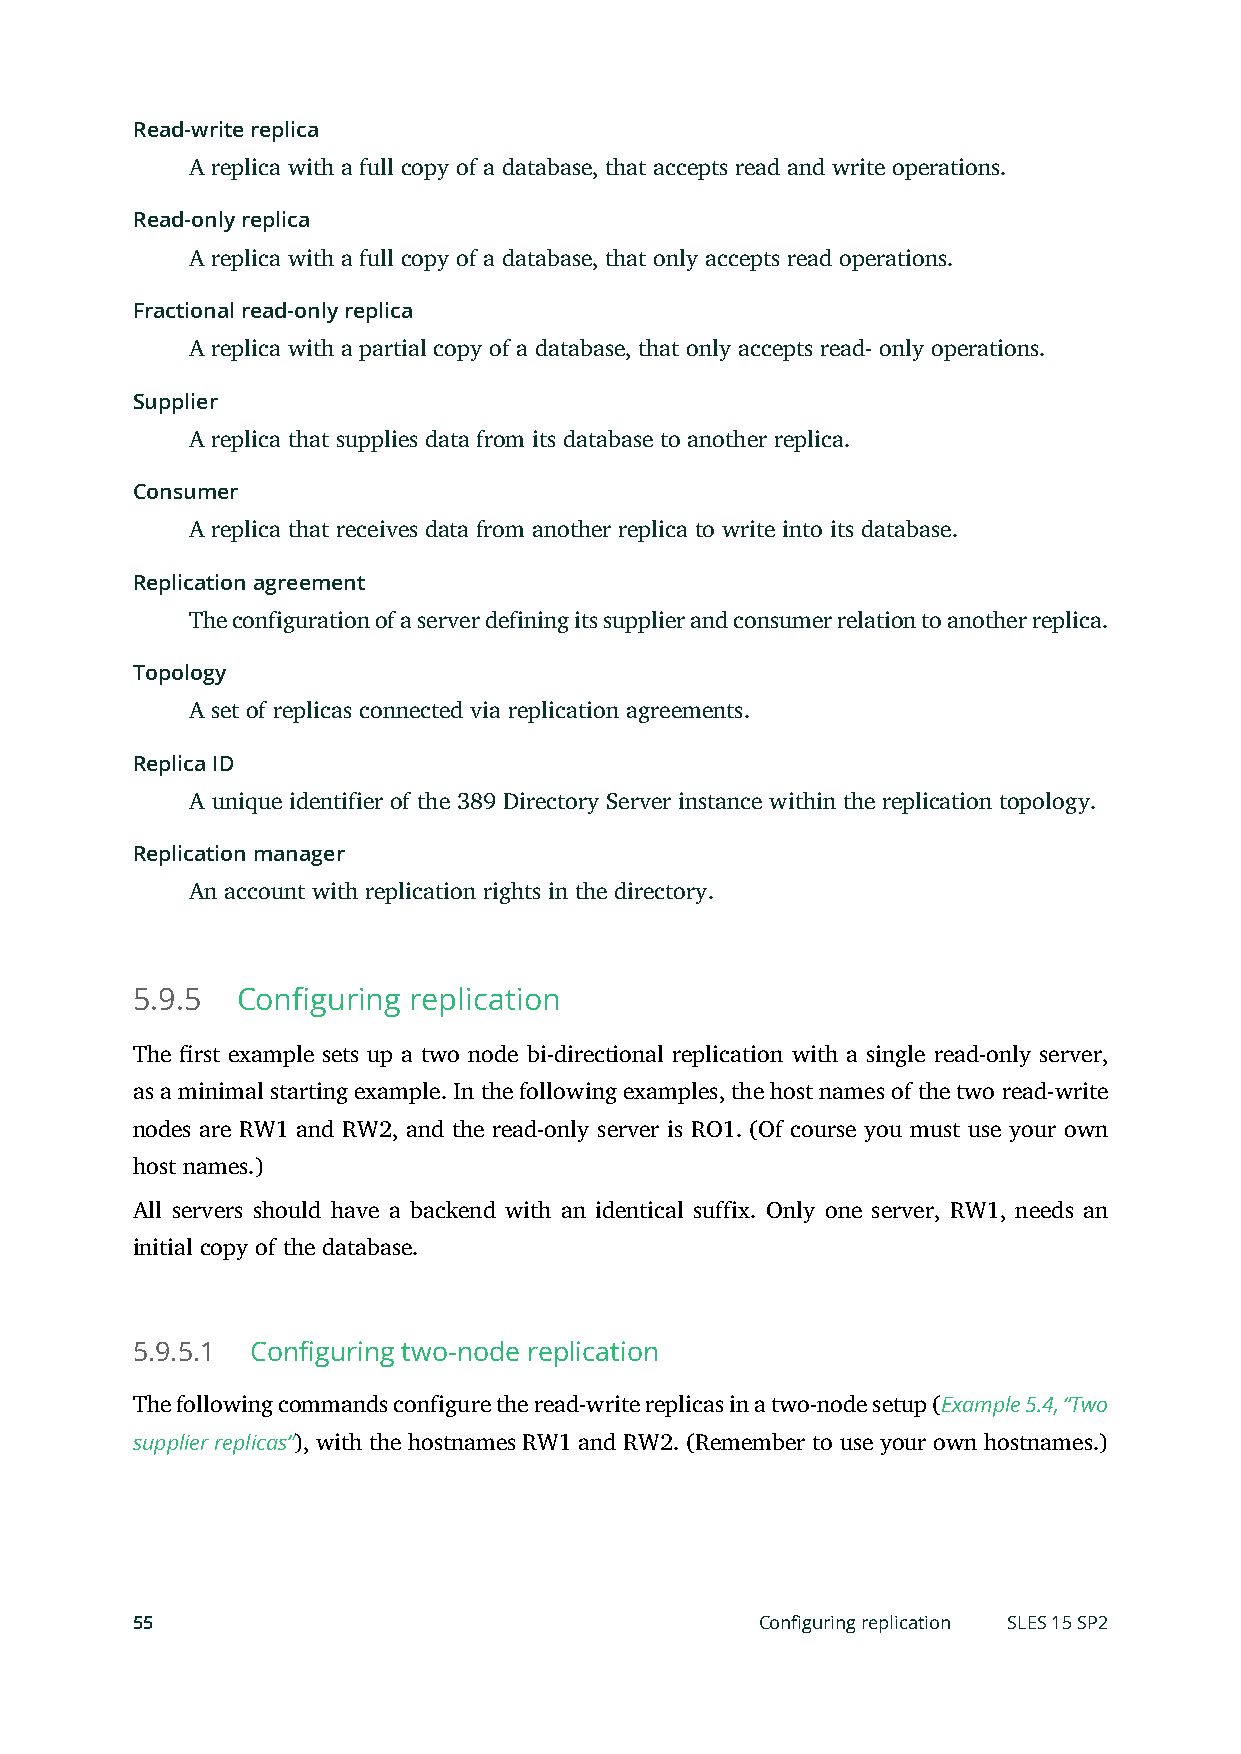
Read-write replica
 A replica with a full copy of a database, that accepts read and write operations.
 Read-only replica
 A replica with a full copy of a database, that only accepts read operations.
 Fractional read-only replica
 A replica with a partial copy of a database, that only accepts read- only operations.
 Supplier
 A replica that supplies data from its database to another replica.
 Consumer
 A replica that receives data from another replica to write into its database.
 Replication agreement
 The configuration of a server defining its supplier and consumer relation to another replica.
 Topology
 A set of replicas connected via replication agreements.
 Replica ID
 A unique identifier of the 389 Directory Server instance within the replication topology.
 Replication manager
 An account with replication rights in the directory.
 5.9.5  Configuring replication
 The rst example sets up a two node bi-directional replication with a single read-only server,
 as a minimal starting example. In the following examples, the host names of the two read-write
 nodes are RW1 and RW2, and the read-only server is RO1. (Of course you must use your own
 host names.)
 All servers should have a backend with an identical suffix. Only one server, RW1, needs an
 initial copy of the database.
 5.9.5.1 Configuring two-node replication
 The following commands configure the read-write replicas in a two-node setup (Example 5.4, “Two
 supplier replicas”), with the hostnames RW1 and RW2. (Remember to use your own hostnames.)
 55                                       Configuring replication SLES 15 SP2